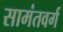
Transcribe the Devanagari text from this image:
सामंतवर्ग